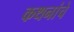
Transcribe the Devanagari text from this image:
कथनांचे